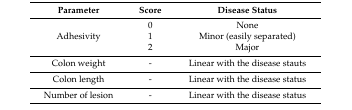
<table><thead><tr><td><b>Parameter</b></td><td><b>Score</b></td><td><b>Disease Status</b></td></tr></thead><tbody><tr><td rowspan="3">Adhesivity</td><td>0</td><td>None</td></tr><tr><td>1</td><td>Minor (easily separated)</td></tr><tr><td>2</td><td>Major</td></tr><tr><td>Colon weight</td><td>-</td><td>Linear with the disease stauts</td></tr><tr><td>Colon length</td><td>-</td><td>Linear with the disease status</td></tr><tr><td>Number of lesion</td><td>-</td><td>Linear with the disease status</td></tr></tbody></table>